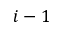
i - 1